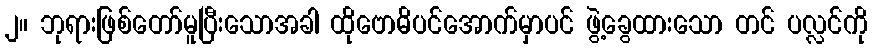
၂။ ဘုရားဖြစ်တော်မူပြီးသောအခါ ထိုဗောဓိပင်အောက်မှာပင် ဖွဲ့ခွေထားသော တင် ပလ္လင်ကို